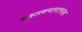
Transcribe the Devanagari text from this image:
सकलकथासारसंग्रह